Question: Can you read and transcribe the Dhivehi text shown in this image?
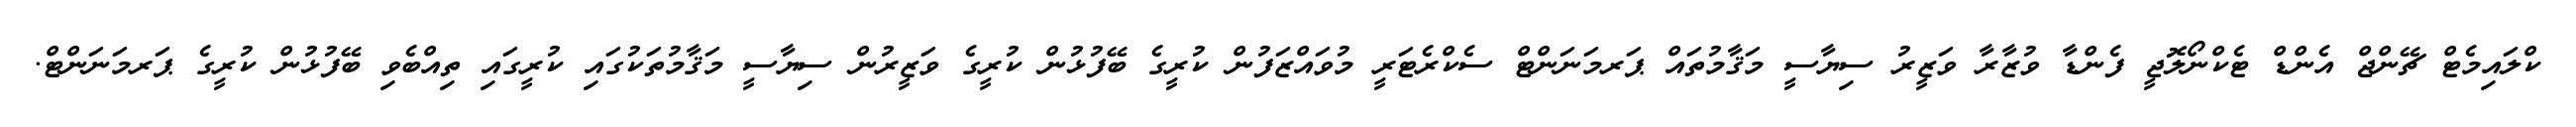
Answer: ކްލައިމެޓް ޗޭންޖް އެންޑް ޓެކްނޯލޮޖީ ފެންޑާ ވުޒާރާ ވަޒީރު ސިޔާސީ މަޤާމުތައް ޕަރމަނަންޓް ސެކްރެޓަރީ މުވައްޒަފުން ކުރީގެ ބޭފުޅުން ކުރީގެ ވަޒީރުން ސިޔާސީ މަޤާމުތަކުގައި ކުރީގައި ތިއްބެވި ބޭފުޅުން ކުރީގެ ޕަރމަނަންޓް.